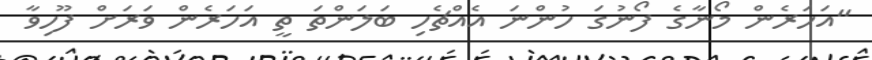
"އަހަރެން މޯނާގެ ފޯނުގަ ހުންނަ އެއްޗެހި ބަލަންތަ ތީ އަހަރެން ވަރަށް ފޫހިވާ